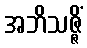
အဘိသဇ္ဇိံ